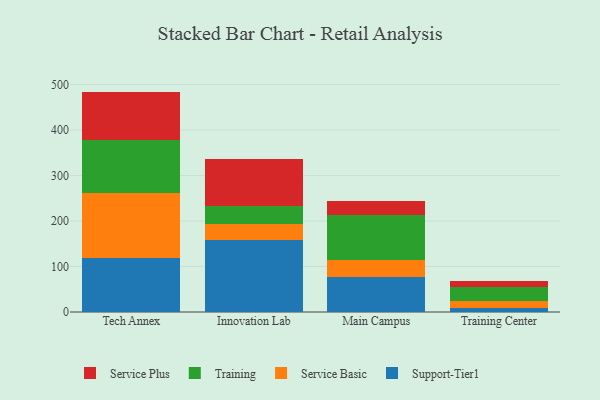
{"axis": {"x": "Campus", "y": "Churn Rate (%)"}, "legend": ["Service Basic", "Service Plus", "Support-Tier1", "Training"], "data": [{"x": "Tech Annex", "y": 118.0, "type": "Support-Tier1"}, {"x": "Tech Annex", "y": 144.6, "type": "Service Basic"}, {"x": "Tech Annex", "y": 115.7, "type": "Training"}, {"x": "Tech Annex", "y": 106.3, "type": "Service Plus"}, {"x": "Innovation Lab", "y": 158.7, "type": "Support-Tier1"}, {"x": "Innovation Lab", "y": 34.1, "type": "Service Basic"}, {"x": "Innovation Lab", "y": 40.8, "type": "Training"}, {"x": "Innovation Lab", "y": 102.1, "type": "Service Plus"}, {"x": "Main Campus", "y": 76.2, "type": "Support-Tier1"}, {"x": "Main Campus", "y": 37.9, "type": "Service Basic"}, {"x": "Main Campus", "y": 99.5, "type": "Training"}, {"x": "Main Campus", "y": 31.0, "type": "Service Plus"}, {"x": "Training Center", "y": 9.7, "type": "Support-Tier1"}, {"x": "Training Center", "y": 15.2, "type": "Service Basic"}, {"x": "Training Center", "y": 29.3, "type": "Training"}, {"x": "Training Center", "y": 13.8, "type": "Service Plus"}]}